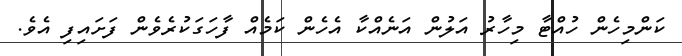
ކަންމިހެން ހުއްޓާ މިހާރު އަލުން އަނެއްކާ އެހެން ކަމެއް ފާހަގަކުރެވެން ފަށައިފި އެވެ.